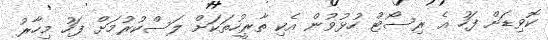
ކޮވިޑަށް ފަހު އެ ރިސޯޓް ހުޅުވުން އެކި ތާރީހުތަކަށް ލަސްކުރުމަށް ފަހު މިހާރު